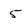
Character: 5